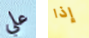
علي إذا